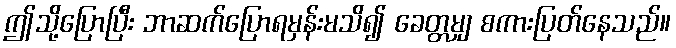
ဤသို့ပြောပြီး ဘာဆက်ပြောရမှန်းမသိ၍ ခေတ္တမျှ စကားပြတ်နေသည်။